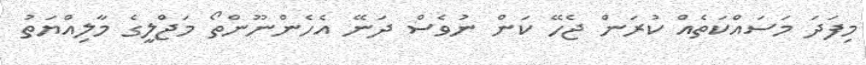
މިފަދަ މަސައްކަތެއް ކުރަން ޖެހޭ ކަން ނުވެސް ދަނޭ އެހެންނޫންތޯ މަޖްލީގެ މާލިއްޔަތު